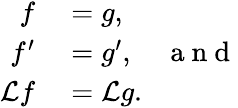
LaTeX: \begin{array}{rl}{f}&{{}=g,}\\ {f^{\prime}}&{{}=g^{\prime},\quad\mathrm{~a~n~d~}}\\ {\mathcal{L}f}&{{}=\mathcal{L}g.}\end{array}